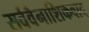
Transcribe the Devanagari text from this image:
सर्ववैनाशिकवाद